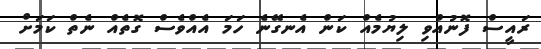
ރައީސް ފޮނުއްވި ލިޔުމެއް ކަން އެނގޭނެ ހަމަ އެއްވެސް ގޮތެއް ނެތް ކަމަށް